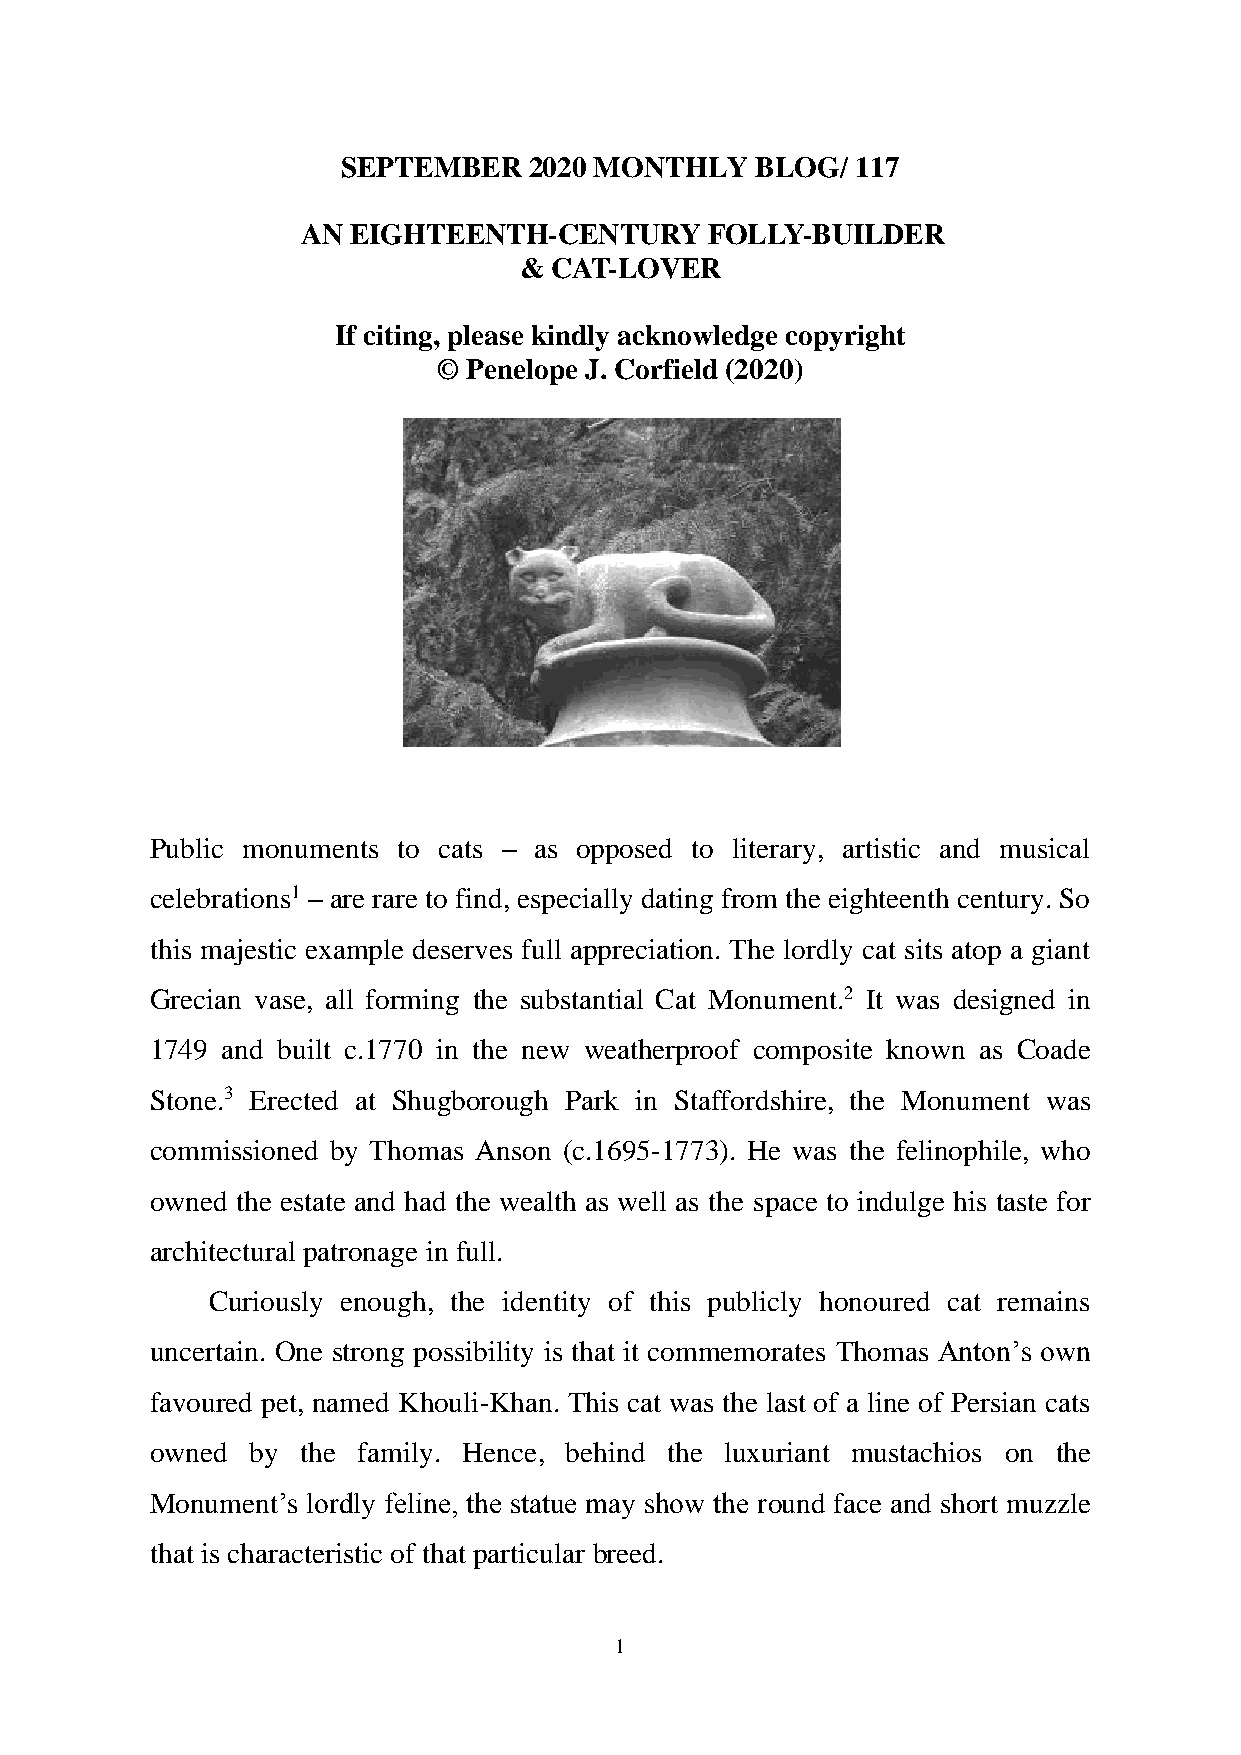
SEPTEMBER   2020 MONTHLY   BLOG/  117
 AN EIGHTEENTH-CENTURY      FOLLY-BUILDER
 & CAT-LOVER
 If citing, please kindly acknowledge copyright
 © Penelope J. Corfield (2020)
 Public monuments to cats – as opposed to literary, artistic and musical
 celebrations1 – are rare to find, especially dating from the eighteenth century. So
 this majestic example deserves full appreciation. The lordly cat sits atop a giant
 Grecian vase, all forming the substantial Cat Monument.2 It was designed in
 1749 and built c.1770 in the new weatherproof composite known as Coade
 Stone.3 Erected at Shugborough Park in Staffordshire, the Monument was
 commissioned by Thomas Anson (c.1695-1773). He was the felinophile, who
 owned the estate and had the wealth as well as the space to indulge his taste for
 architectural patronage in full.
 Curiously enough, the identity of this publicly honoured cat remains
 uncertain. One strong possibility is that it commemorates Thomas Anton’s own
 favoured pet, named Khouli-Khan. This cat was the last of a line of Persian cats
 owned  by the family. Hence, behind the luxuriant mustachios on the
 Monument’s lordly feline, the statue may show the round face and short muzzle
 that is characteristic of that particular breed.
 1